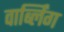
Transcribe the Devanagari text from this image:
वार्ब्लिंग